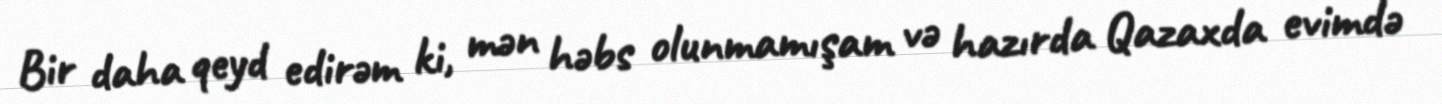
Bir daha qeyd edirəm ki, mən həbs olunmamışam və hazırda Qazaxda evimdə